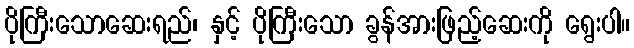
ပိုကြီးသောဆေးရည်၊ နှင့် ပိုကြီးသော ခွန်အားဖြည့်ဆေးကို ရွေးပါ။